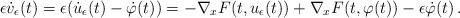
LaTeX: \begin{align*}\epsilon \dot{v}_\epsilon(t) = \epsilon(\dot{u}_\epsilon(t)-\dot{\varphi}(t))= -\nabla_x F(t,u_\epsilon(t)) + \nabla_x F(t,\varphi(t)) -\epsilon\dot{\varphi}(t)\,.\end{align*}